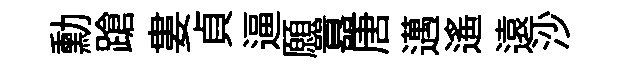
勳蹌婁貞逼願囂唐邁遙遠沙